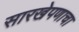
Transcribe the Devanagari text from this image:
सारखेपणाचा